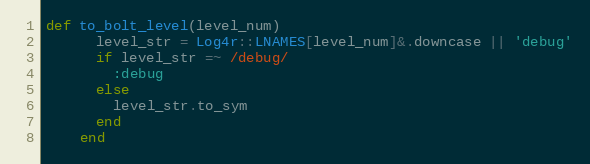
Language: Ruby
def to_bolt_level(level_num)
      level_str = Log4r::LNAMES[level_num]&.downcase || 'debug'
      if level_str =~ /debug/
        :debug
      else
        level_str.to_sym
      end
    end